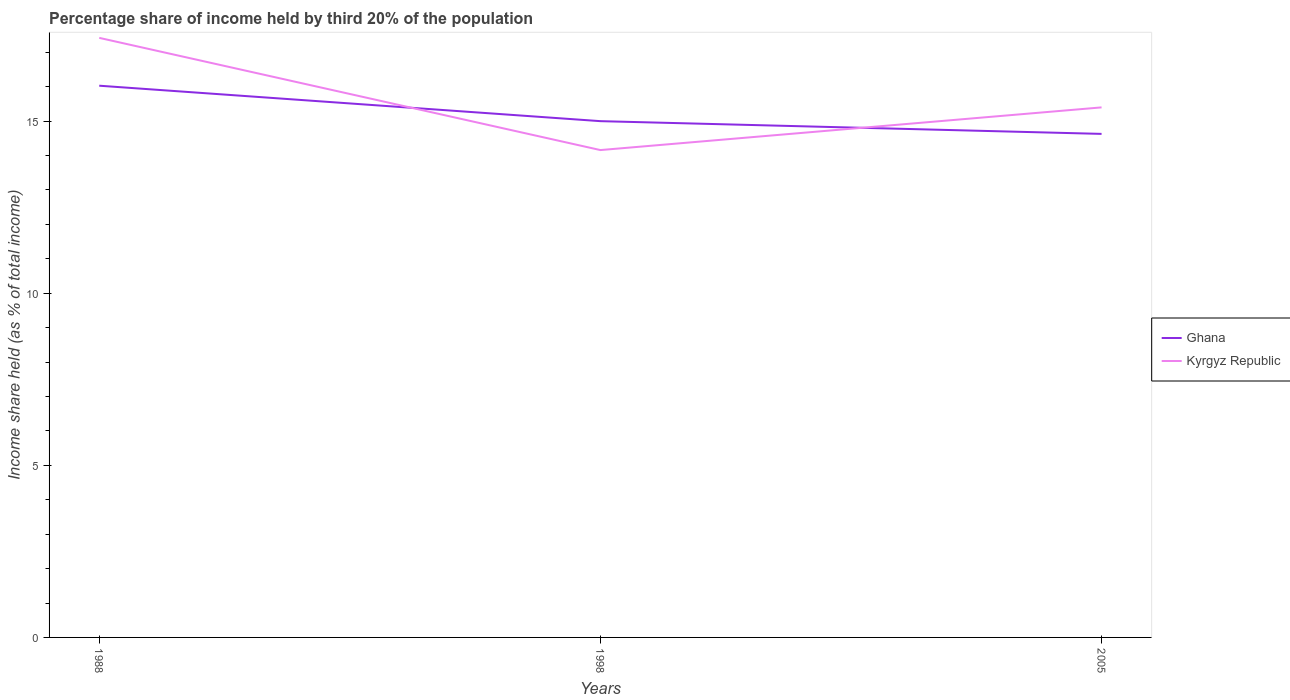
| Years | Ghana | Kyrgyz Republic |
 | --- | --- | --- |
 | 1988 | 16 | 17.4 |
 | 1998 | 15 | 14.2 |
 | 2005 | 14.6 | 15.4 |